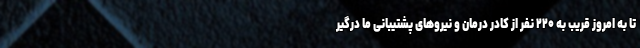
تا به امروز قریب به ۲۲۰ نفر از کادر درمان و نیروهای پشتیبانی ما درگیر